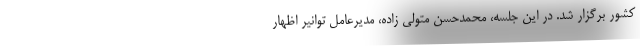
کشور برگزار شد. در این جلسه، محمدحسن متولی زاده، مدیرعامل توانیر اظهار